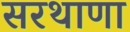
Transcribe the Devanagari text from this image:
सरथाणा